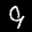
Label: 9